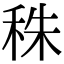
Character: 秼